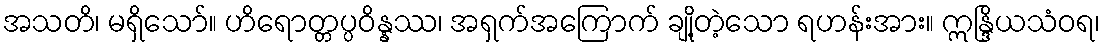
အသတိ၊ မရှိသော်။ ဟိရောတ္တပ္ပဝိန္နဿ၊ အရှက်အကြောက် ချို့တဲ့သော ရဟန်းအား။ ဣန္ဒြိယသံဝရ၊